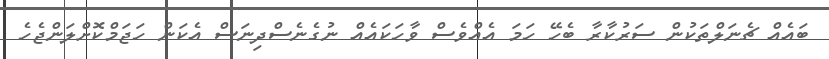
ބައެއް ޗެނަލްތަކުން ސަރުކާރާ ބެހޭ ހަމަ އެއްވެސް ވާހަކައެއް ނުގެނެސްދިނަސް އެކަން ހަޖަމްކޮށްލަންޖެހެ